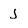
Character: J